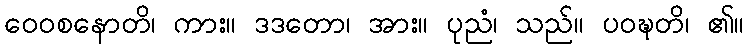
ဝေဝစနောတိ၊ ကား။ ဒဒတော၊ အား။ ပုညံ၊ သည်။ ပဝဍ္ဎတိ၊ ၏။